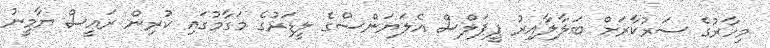
މިހާރުގެ ސަރުކާރަށް ބަލާލާއިރު ޕީޕަލްސް އެލަޔަންސްގެ ލީޑަރުގެ މަގާމުގައި ކުރިން ރައީސް ޔާމީނު